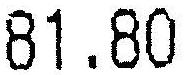
81.80